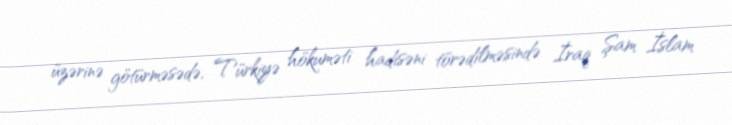
üzərinə götürməsədə, Türkiyə hökuməti hadisəni törədilməsində İraq Şam İslam